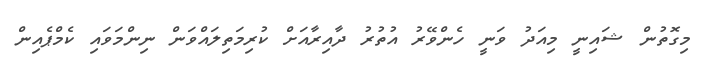
މިގޮތުން ޝައިނީ މިއަދު ވަނީ ހެންވޭރު އުތުރު ދާއިރާއަށް ކުރިމަތިލައްވަން ނިންމަވައި ކެމްޕެއިން